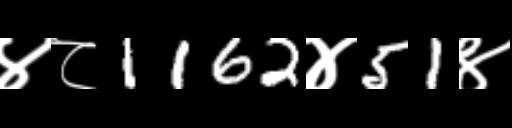
Text: ४८1162४51४